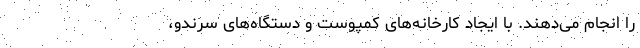
را انجام می‌دهند. با ایجاد کارخانه‌های کمپوست و دستگاه‌های سرندو،